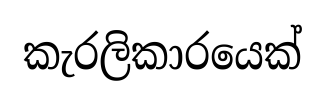
කැරලිකාරයෙක්